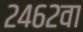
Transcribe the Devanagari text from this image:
२४६२वा